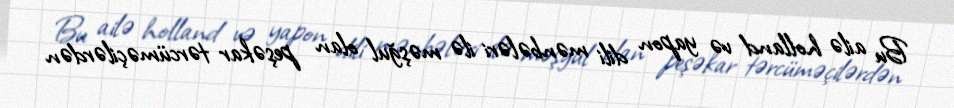
Bu ailə holland və yapon dili mənbələri ilə məşğul olan peşəkar tərcüməçilərdən